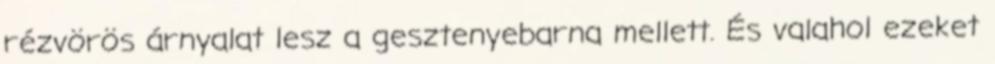
rézvörös árnyalat lesz a gesztenyebarna mellett. És valahol ezeket